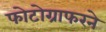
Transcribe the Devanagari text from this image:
फोटोग्राफरने